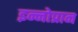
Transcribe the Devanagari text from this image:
इन्नोप्रान